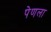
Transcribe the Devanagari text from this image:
पेणला